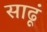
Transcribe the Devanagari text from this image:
साढूं